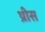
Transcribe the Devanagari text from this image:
थ्रीस